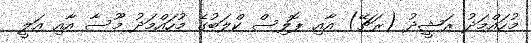
މުހައްމަދު ރަޝީދު (ރަޗޭ) އާއި ޕޮލިސް ކްލަބުގެ މުހައްމަދު މޫސާ އާއި އަލީ